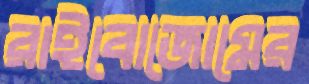
রাইবোজোমের